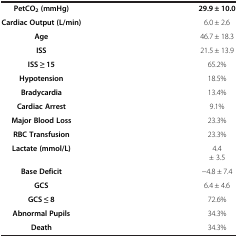
<table><thead><tr><td><b> </b></td><td><b> </b></td></tr></thead><tbody><tr><td><b>PetCO</b><sub><b>2 </b></sub><b>(mmHg)</b></td><td><b>29.9 ± 10.0</b></td></tr><tr><td><b>Cardiac Output (L/min)</b></td><td>6.0 ± 2.6</td></tr><tr><td><b>Age</b></td><td>46.7 ± 18.3</td></tr><tr><td><b>ISS</b></td><td>21.5 ± 13.9</td></tr><tr><td><b>ISS ≥ 15</b></td><td>65.2%</td></tr><tr><td><b>Hypotension</b></td><td>18.5%</td></tr><tr><td><b>Bradycardia</b></td><td>13.4%</td></tr><tr><td><b>Cardiac Arrest</b></td><td>9.1%</td></tr><tr><td><b>Major Blood Loss</b></td><td>23.3%</td></tr><tr><td><b>RBC Transfusion</b></td><td>23.3%</td></tr><tr><td><b>Lactate (mmol/L)</b></td><td>4.4± 3.5</td></tr><tr><td><b>Base Deficit</b></td><td>−4.8 ± 7.4</td></tr><tr><td><b>GCS</b></td><td>6.4 ± 4.6</td></tr><tr><td><b>GCS ≤ 8</b></td><td>72.6%</td></tr><tr><td><b>Abnormal Pupils</b></td><td>34.3%</td></tr><tr><td><b>Death</b></td><td>34.3%</td></tr></tbody></table>